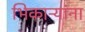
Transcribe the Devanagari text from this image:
भिकाऱ्यांना